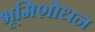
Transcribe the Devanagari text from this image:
भूमिशोधन